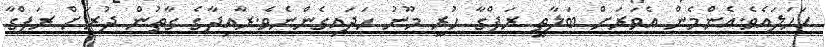
ކަހަލައެވެ.އެންމެން އެވަރަށް ބަލާތީ ރަފްގާ ހުރީ މޫނު ހަދައިގެންނެވެ.ރާއިދާގެ ގާތުން ދުރަށް ރަފްގާ